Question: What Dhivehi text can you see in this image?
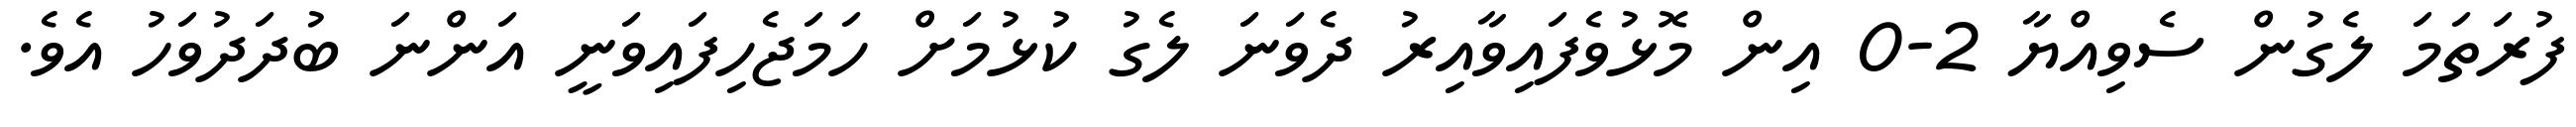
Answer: ފުރަތަމަ ލެގުން ސެވިއްޔާ 2-0 އިން މޮޅުވެފައިވާއިރު ދެވަނަ ލެގު ކުޅުމަށް ހަމަޖެހިފައިވަނީ އަންނަ ބުދަދުވަހު އެވެ.